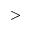
>